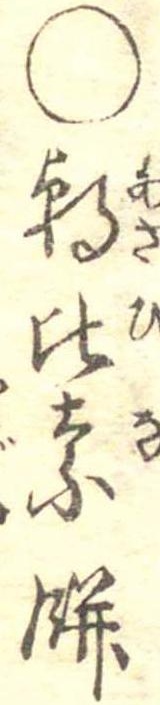
○朝比奈餅